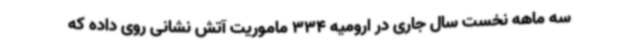
سه ماهه نخست سال جاری در ارومیه 334 ماموریت آتش نشانی روی داده که